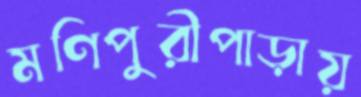
মণিপুরীপাড়ায়